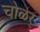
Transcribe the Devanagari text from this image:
चोळर्